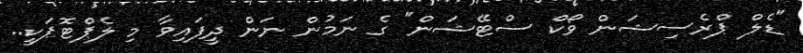
"ޑެލް ޕްރެސިޝަން ވޯކް ސްޓޭޝަން" ގެ ނަމުން ނަން ދީފައިވާ މި ލެޕްޓޮޕަކީ..